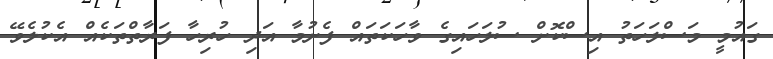
ގައުމީ މަސްލަހަތު އިސްކޮށް ސުލަހައިގެ ވާހަކަތައް ފެށުމާ އަަދި ހުރިހާ ފަރާތްތަކެއް އެކުލެވޭ